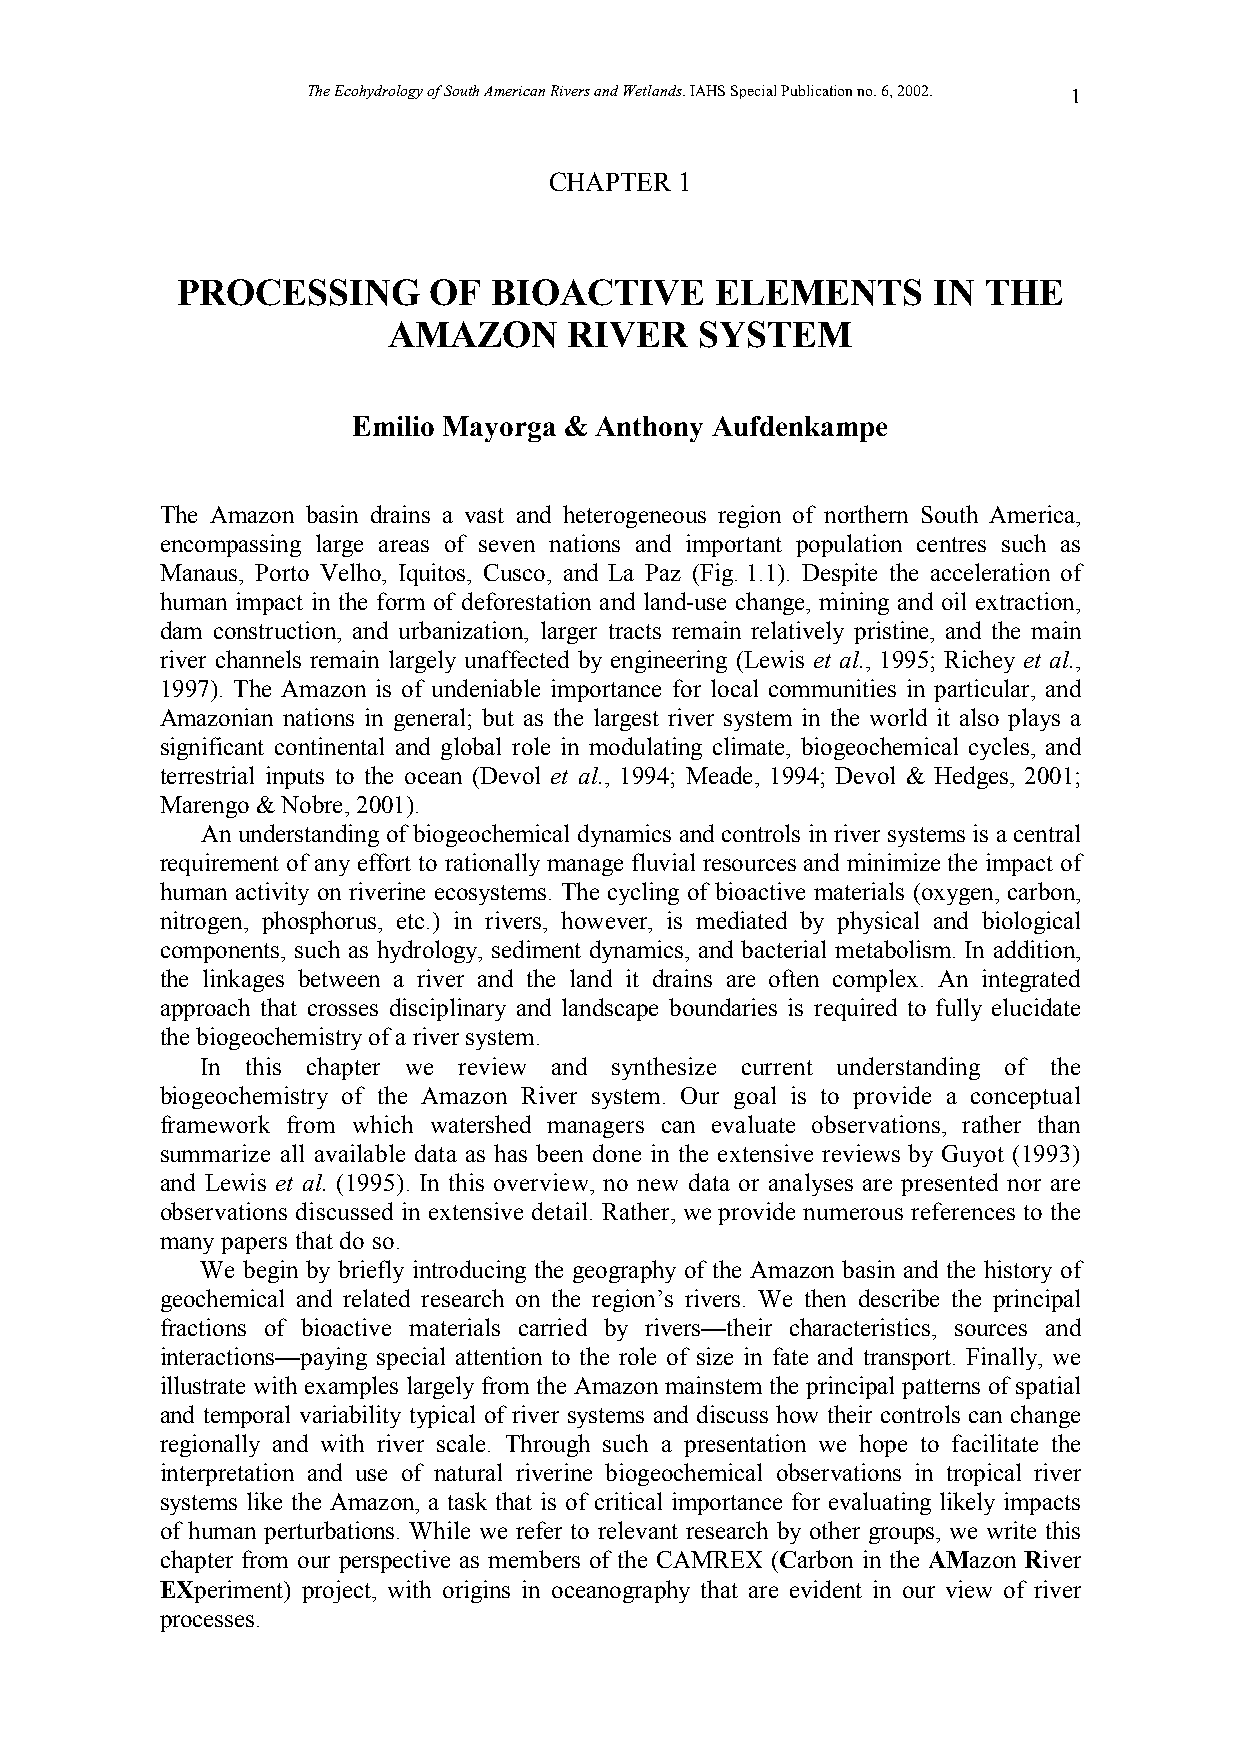
The Ecohydrology of South American Rivers and Wetlands. IAHS Special Publication no. 6, 2002. 1
 CHAPTER  1
 PROCESSING      OF   BIOACTIVE     ELEMENTS       IN THE
 AMAZON      RIVER   SYSTEM
 Emilio Mayorga & Anthony Aufdenkampe
 The Amazon basin drains a vast and heterogeneous region of northern South America,
 encompassing large areas of seven nations and important population centres such as
 Manaus, Porto Velho, Iquitos, Cusco, and La Paz (Fig. 1.1). Despite the acceleration of
 human impact in the form of deforestation and land-use change, mining and oil extraction,
 dam construction, and urbanization, larger tracts remain relatively pristine, and the main
 river channels remain largely unaffected by engineering (Lewis et al., 1995; Richey et al.,
 1997). The Amazon is of undeniable importance for local communities in particular, and
 Amazonian nations in general; but as the largest river system in the world it also plays a
 significant continental and global role in modulating climate, biogeochemical cycles, and
 terrestrial inputs to the ocean (Devol et al., 1994; Meade, 1994; Devol & Hedges, 2001;
 Marengo & Nobre, 2001).
 An understanding of biogeochemical dynamics and controls in river systems is a central
 requirement of any effort to rationally manage fluvial resources and minimize the impact of
 human activity on riverine ecosystems. The cycling of bioactive materials (oxygen, carbon,
 nitrogen, phosphorus, etc.) in rivers, however, is mediated by physical and biological
 components, such as hydrology, sediment dynamics, and bacterial metabolism. In addition,
 the linkages between a river and the land it drains are often complex. An integrated
 approach that crosses disciplinary and landscape boundaries is required to fully elucidate
 the biogeochemistry of a river system.
 In this chapter we review and synthesize current understanding of the
 biogeochemistry of the Amazon River system. Our goal is to provide a conceptual
 framework from which watershed managers can evaluate observations, rather than
 summarize all available data as has been done in the extensive reviews by Guyot (1993)
 and Lewis et al. (1995). In this overview, no new data or analyses are presented nor are
 observations discussed in extensive detail. Rather, we provide numerous references to the
 many papers that do so.
 We begin by briefly introducing the geography of the Amazon basin and the history of
 geochemical and related research on the region’s rivers. We then describe the principal
 fractions of bioactive materials carried by rivers—their characteristics, sources and
 interactions—paying special attention to the role of size in fate and transport. Finally, we
 illustrate with examples largely from the Amazon mainstem the principal patterns of spatial
 and temporal variability typical of river systems and discuss how their controls can change
 regionally and with river scale. Through such a presentation we hope to facilitate the
 interpretation and use of natural riverine biogeochemical observations in tropical river
 systems like the Amazon, a task that is of critical importance for evaluating likely impacts
 of human perturbations. While we refer to relevant research by other groups, we write this
 chapter from our perspective as members of the CAMREX (Carbon in the AMazon River
 EXperiment) project, with origins in oceanography that are evident in our view of river
 processes.